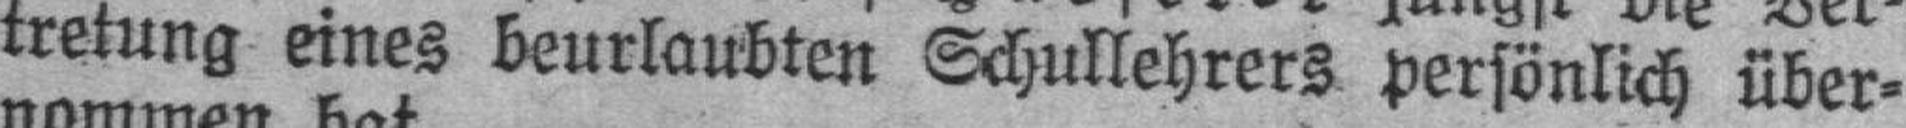
tretung eines beurlaubten Schullehrers persönlich über¬